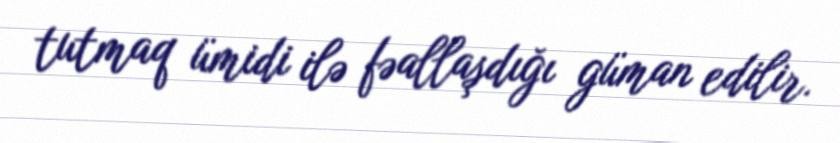
tutmaq ümidi ilə fəallaşdığı güman edilir.